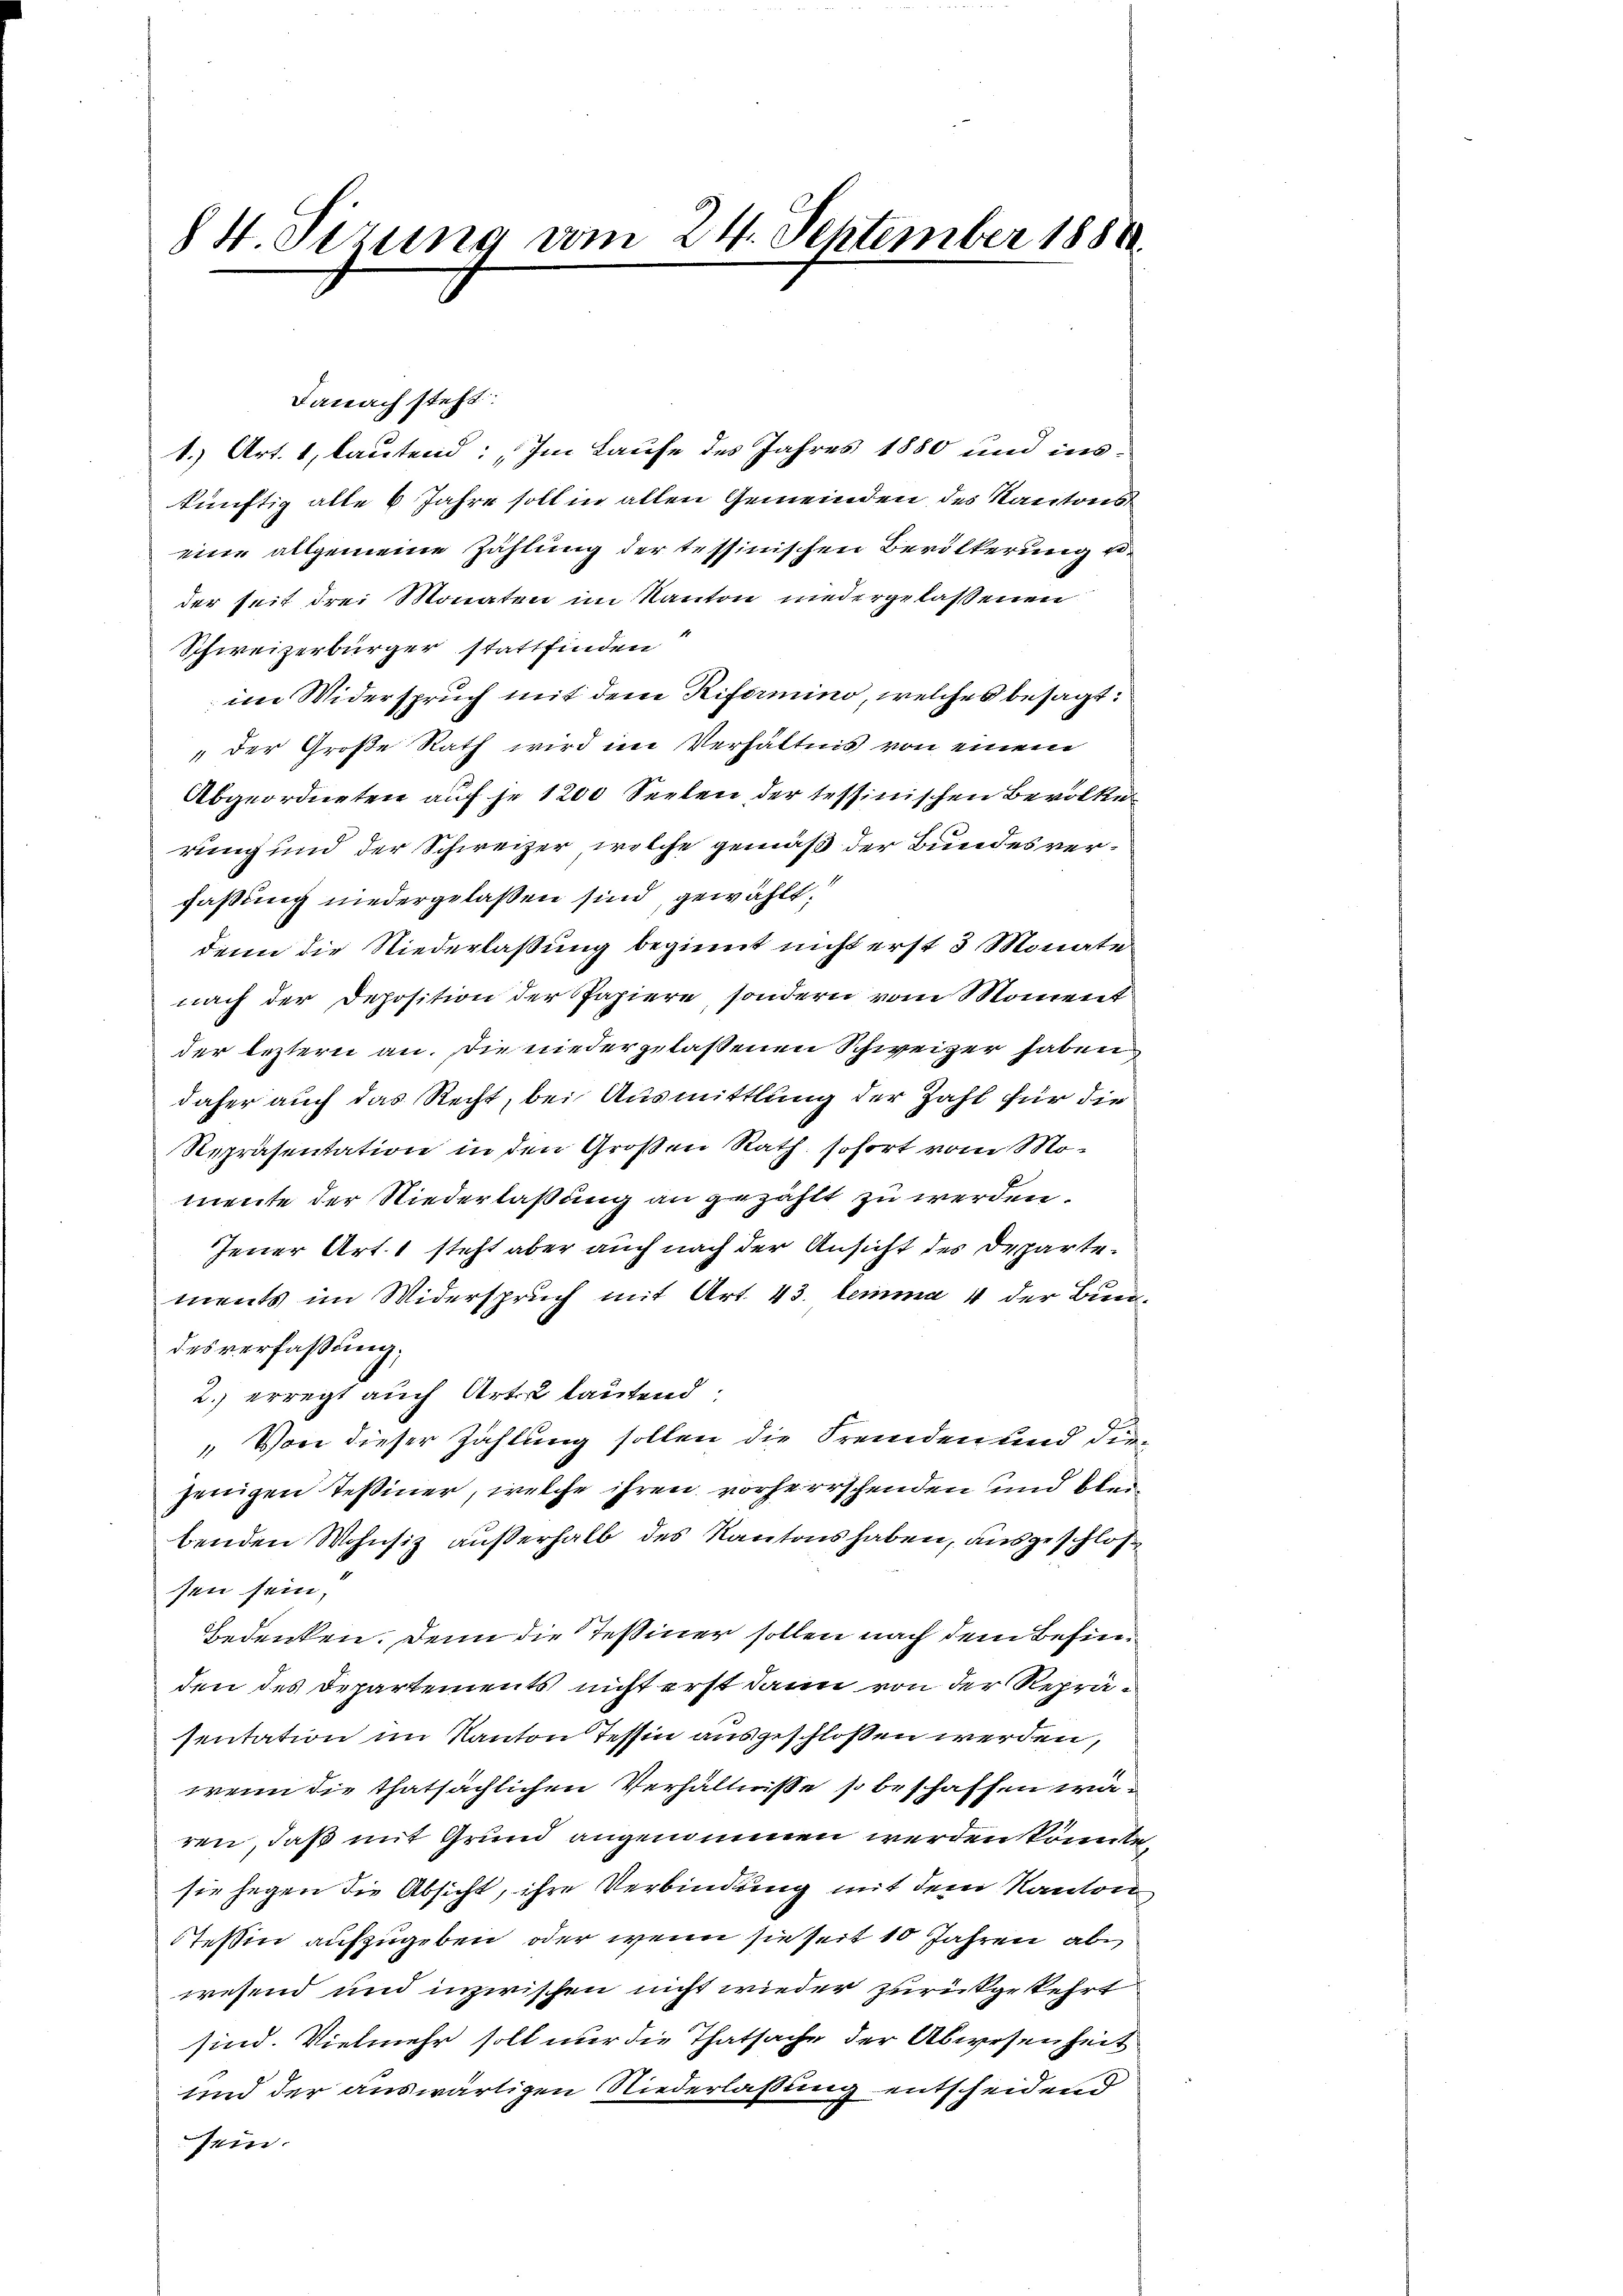
8 H. Sizung vom 24. September 1888.

1.) Art. 1, lautend: Im Laufe des Jahres 1880 und ins-
künftig alle 6 Jahre soll in allen Gemeinden des Kantons
eine allgemeine Zahlung der tessinischen Bevölkerung eider seit drei Monaten im Kanton niedergelassenen
Schweizerbürger stattfinden
im Widerspruch mit dem Riformino, welches besagt:
"der Große Rath wird im Verhältnis von einem
Abgeordneten auf je 1200 Seelen der tessinischen Bevölke
rung und der Schweizer, welche gemäß der Bundes verfassung niedergelaßen sind, gewählt:
denn die Niederlaßung beginnt nicht erst 3 Monate
nach der Deposition der Papiere, sondern vom Moment
der leztern an. Die niedergelassenen Schweizer haben
daher auch das Recht, bei Ausmittlung der Zahl für die
Repräsentation in den Großen Rath sofort vom Mo-
mente der Niederlaßung an gezählt zu werden.
Jener Art. 1 steht aber auch nach der Ansicht des Departements im Widerspruch mit Art. 43. lemma 4 der Bundesverfaßung,
2.) erregt auch Art lautend:
 Von dieser Zahlung sollen die Fremden und die
jenigen Teßiner, welche ihren vorherrschenden und bleibenden Wohnsiz außerhalb des Kantons haben, ausgeschlos
sen sein,
Bedenken. Denn die Tessiner sollen nach dem Befinden des Departements nicht erst dann von der Repräsentation im Kanton Tessin ausgeschlossen werden,
wenn die thatsächlichen Verhältnisse so beschaffen wären, daß mit Grund angenommen werden könnte,
sie gegen die Absicht, ihre Verbindung mit dem Kanton
Teßin aufzugeben, oder wenn sie seit 10 Jahren ab
wesend und inzwischen nicht wieder zurückgekehrt
sind. Vielmehr soll nur die Thatsache der Abwesenheit
und der auswärtigen Niederlassung entscheidend
sein.

Danach steht: